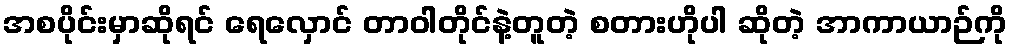
အစပိုင်းမှာဆိုရင် ရေလှောင် တာဝါတိုင်နဲ့တူတဲ့ စတားဟိုပါ ဆိုတဲ့ အာကာယာဉ်ကို